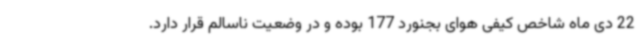
22 دی ماه شاخص کیفی هوای بجنورد 177 بوده و در وضعیت ناسالم قرار دارد.